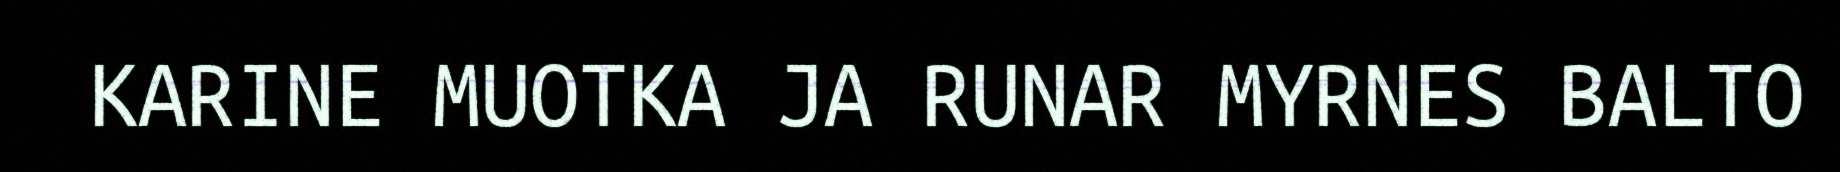
KARINE MUOTKA JA RUNAR MYRNES BALTO